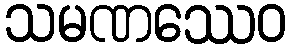
သမဏဿေဝ